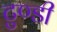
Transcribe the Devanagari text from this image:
टुण्डी